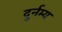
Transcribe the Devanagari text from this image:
दुर्नम्य